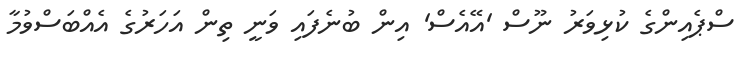
ސްޕެއިންގެ ކުޅިވަރު ނޫސް 'އޭއެސް' އިން ބުނެފައި ވަނީ ތިން އަހަރުގެ އެއްބަސްވުމާ